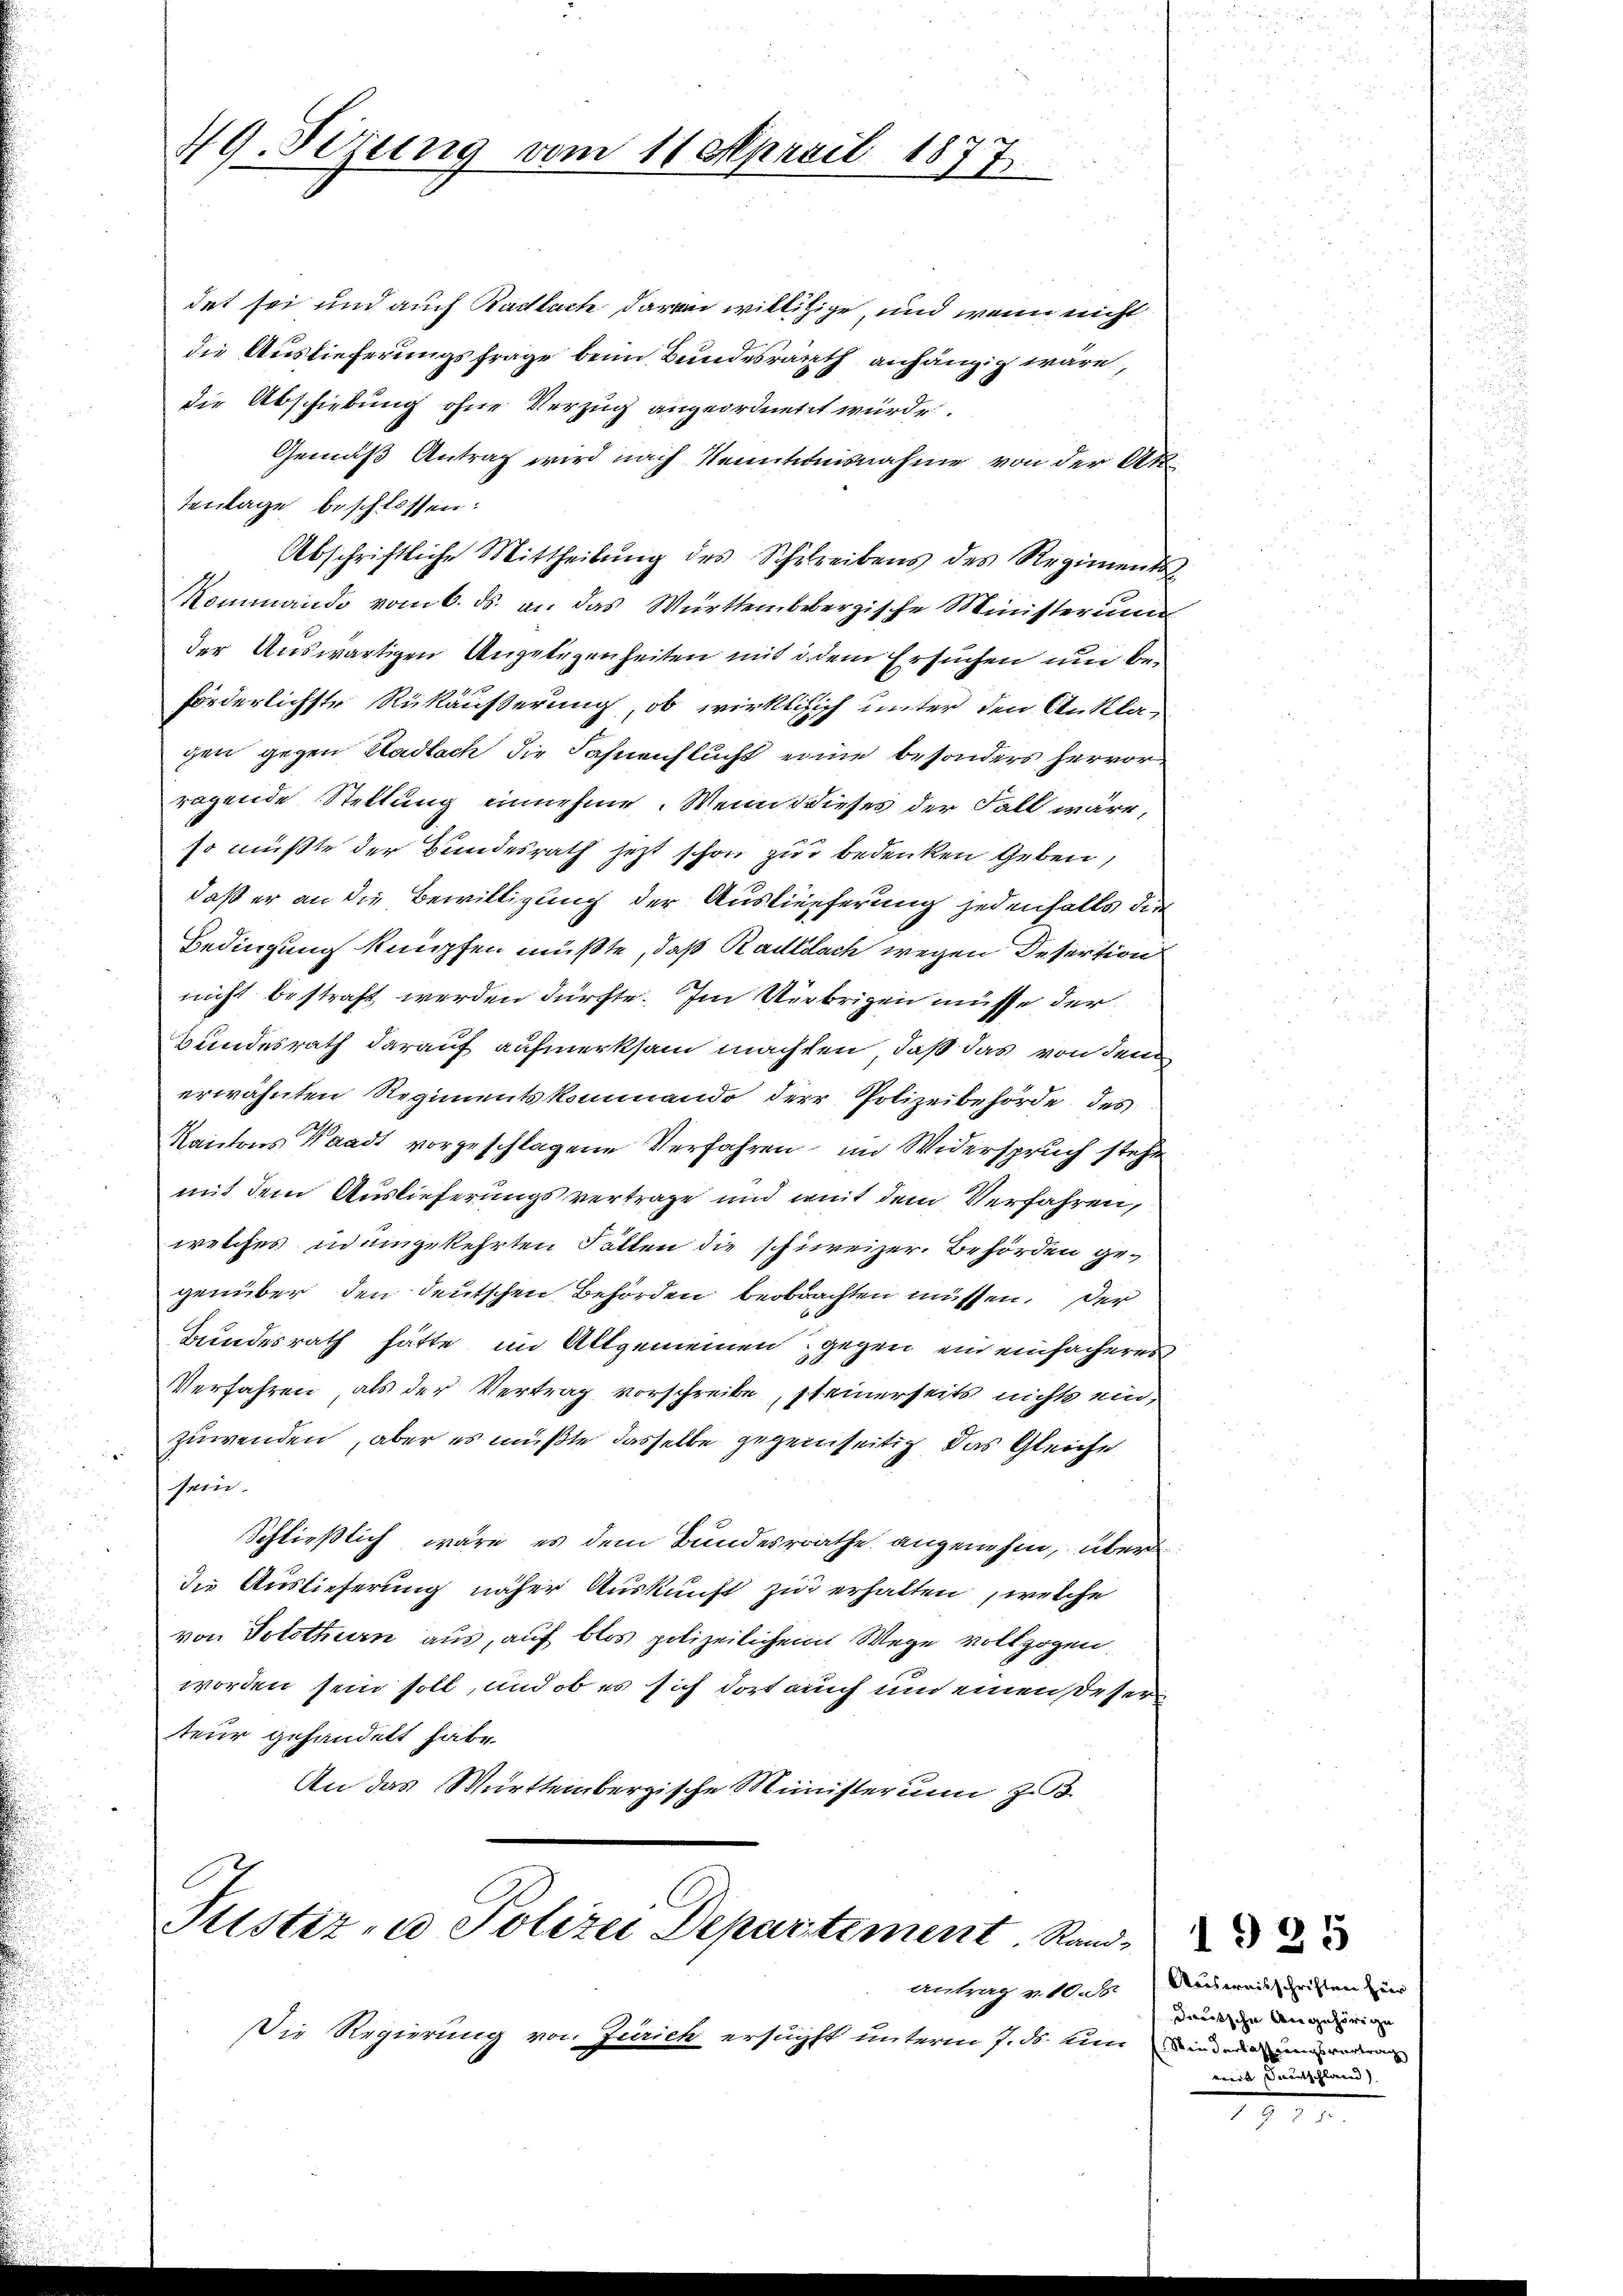
49. Sizung vom 11. April 1877

det sei und auch Radlach daran willitzige, und wenn nicht
die Auslieferungsfrage beim Bundesrath anhängig wäre,
die Abschiebung ohne Verzug angeordnetet wurde.
Gemäß Antrag wird nach Kenntnisnahme von der Akt
tenlage beschlossen:
Abschriftliche Mittheilung des Schreibens des Regiments
Mommando vom 6. ds. an das Württembebergische Ministerun
der Auswärtigen Angelegenheiten mit de dem Ersuchen und beförderlichste Rükäußerung, ob wirklich unter den Anklacgen gegen Stadlach die Fahnenflucht eine besonders hervor
ragende Stellung einnehme. Wenn dieses der Fall wäre,
so mußte der Bundesrath jetzt schon zur bedenken geben,
daß er an die Bewilligung der Auslieferung jedenfalls die
Bedingung knüpfen müßte, daß Radldach wegen Desertion
nicht bestraft werden dürfte. Im Verbrigen müsse der
Bundesrath darauf aufmerksam machten, daß das von dem
erwähnten Regimentskommando der Polizeibehörde des
Kantons Waadt vorgeschlagene Verfahren, im Widerspruch steht
mit dem Auslieferungsvertrage und mit dem Verfahren,
welches in umgekehrten Fällen die schweizer. Behörden gegenüber den deutschen Behörden beobrachten müssen. Der
Bundesrath hätte im Allgemeinen gegen ein einfacheres
Verfahren, als der Vertrag vorschreibe, steinerseits nichts einzuwenden, aber es mußte dasselbe gegenseitig das Gleiche
sein.
Schließlich wäre es dem Bundesrathe angenehm, über
In Auslieferung näher Auskunft zu erhalten, welche
von Solothurn aus, auf blos polizeilichem Wege vollzogen.
worden sein soll, und ob es sich dort auch und einen Deser
teur gehandelt habe.
An das Württembergische Ministerum zu

Tustiz- u. Polizei Departiment. Rand. 23

Die Regierung von Zürich ersuchst unterm 7. ds. ein inden und

Antrag v. 10. d. Ausweisschriften für
deutsche Angehörige
weit ausschlaen

III.